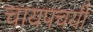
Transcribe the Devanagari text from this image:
चायपचयी